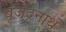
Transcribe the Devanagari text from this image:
बृजेंद्रनाथ